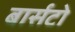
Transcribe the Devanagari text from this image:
बार्सटो